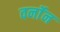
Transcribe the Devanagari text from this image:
वर्नॉन